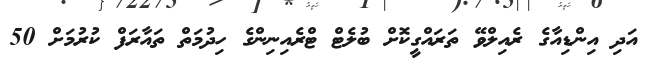
އަދި އިންޑިއާގެ ރެއިލްވޭ ތަރައްގީކޮށް ބުލެޓް ޓްރެއިނިންގެ ހިދުމަތް ތައާރަފް ކުރުމަށް 50